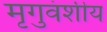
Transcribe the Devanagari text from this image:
मृगुवंशीय